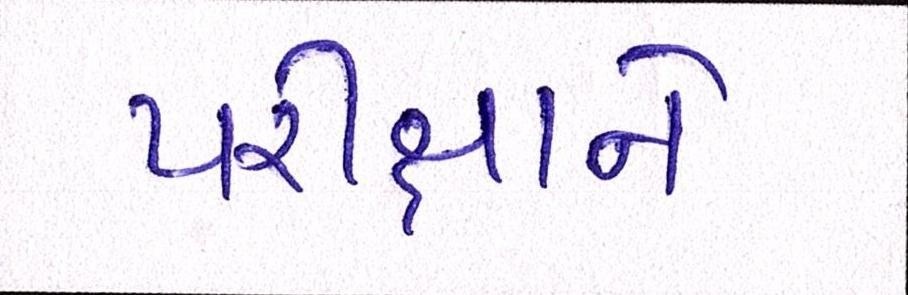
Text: પરીક્ષાને